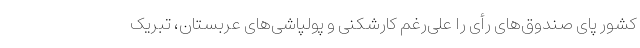
کشور پای صندوق‌های رأی را علی‌رغم کارشکنی و پولپاشی‌های عربستان، تبریک